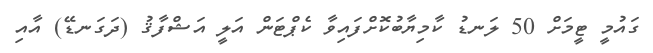
ގައުމީ ޓީމަށް 50 ލަނޑު ކާމިޔާބުކޮށްފައިވާ ކެޕްޓަން އަލީ އަޝްފާޤު (ދަގަނޑޭ) އާއި